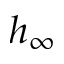
h _ { \infty }